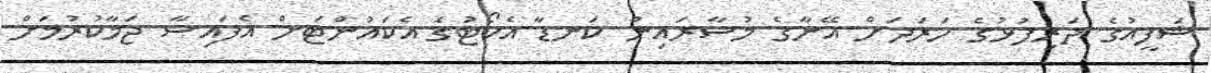
ޝަފީއުގެ ދަރިފުޅުގެ ހަރަދަށް އޭނާގެ މުސާރައިން ކަނޑާ އެކޯޓުގެ އެކައުންޓަށް އެފައިސާ ޖަމާކުރުމަށް